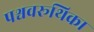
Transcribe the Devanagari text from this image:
पश्चवरूथिका